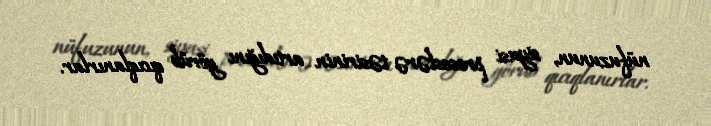
nüfuzunun, siyasi proseslərə təsirinin artıdığını görüb qıcıqlanırlar.